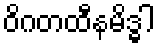
ဝိဂတထီနမိဒ္ဓါ